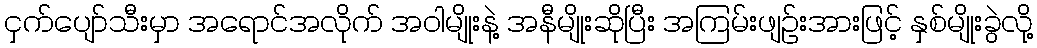
ငှက်ပျော်သီးမှာ အရောင်အလိုက် အဝါမျိုးနဲ့ အနီမျိုးဆိုပြီး အကြမ်းဖျဉ်းအားဖြင့် နှစ်မျိုးခွဲလို့